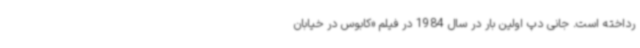
رداخته است. جانی دپ اولین بار در سال 1984 در فیلم «کابوس در خیابان